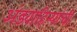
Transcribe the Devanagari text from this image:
अंडवाहिन्यांची